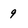
Character: 9